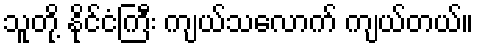
သူတို့ နိုင်ငံကြီး ကျယ်သလောက် ကျယ်တယ်။